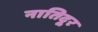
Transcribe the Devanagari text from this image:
नातिदूर